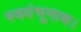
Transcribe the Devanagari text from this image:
स्वयंभूनाथ।